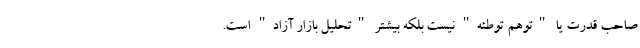
صاحب قدرت یا "توهم توطئه" نیست بلکه بیشتر "تحلیل بازار آزاد" است.